Annual returns of the Patna Lunatic Asylum at Bankipore in Bihar and Orissa - 1912-1924
Year: 1912
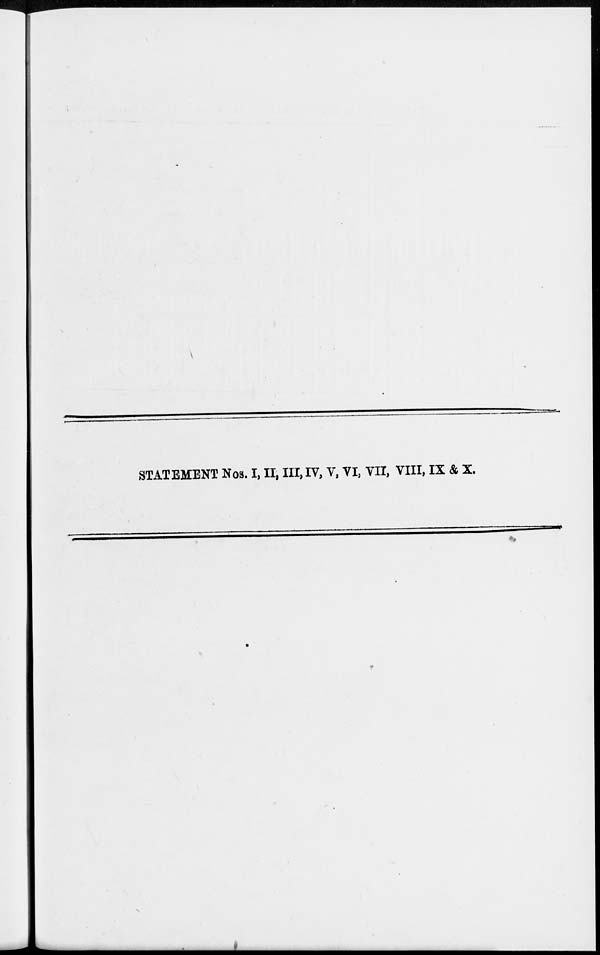
STATEMENT Nos. I, II, III, IV, V, VI, VII, VIII, IX & X.